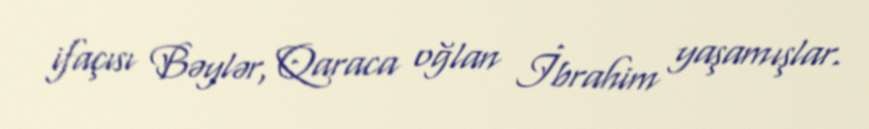
ifaçısı Bəylər, Qaraca oğlan İbrahim yaşamışlar.